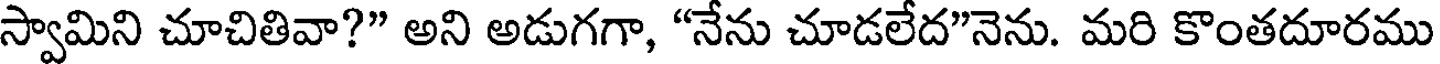
స్వామిని చూచితివా?" అని అడుగగా, "నేను చూడలేద"నెను. మరి కొంతదూరము